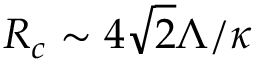
R _ { c } \sim 4 \sqrt { 2 } { \Lambda } / { \kappa }